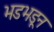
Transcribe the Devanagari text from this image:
भडभडून